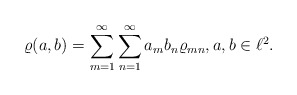
\begin{align*} \varrho(a,b)=\sum_{m=1}^\infty\sum_{n=1}^\infty a_m b_n \varrho_{mn}, a,b \in \ell^2.\end{align*}